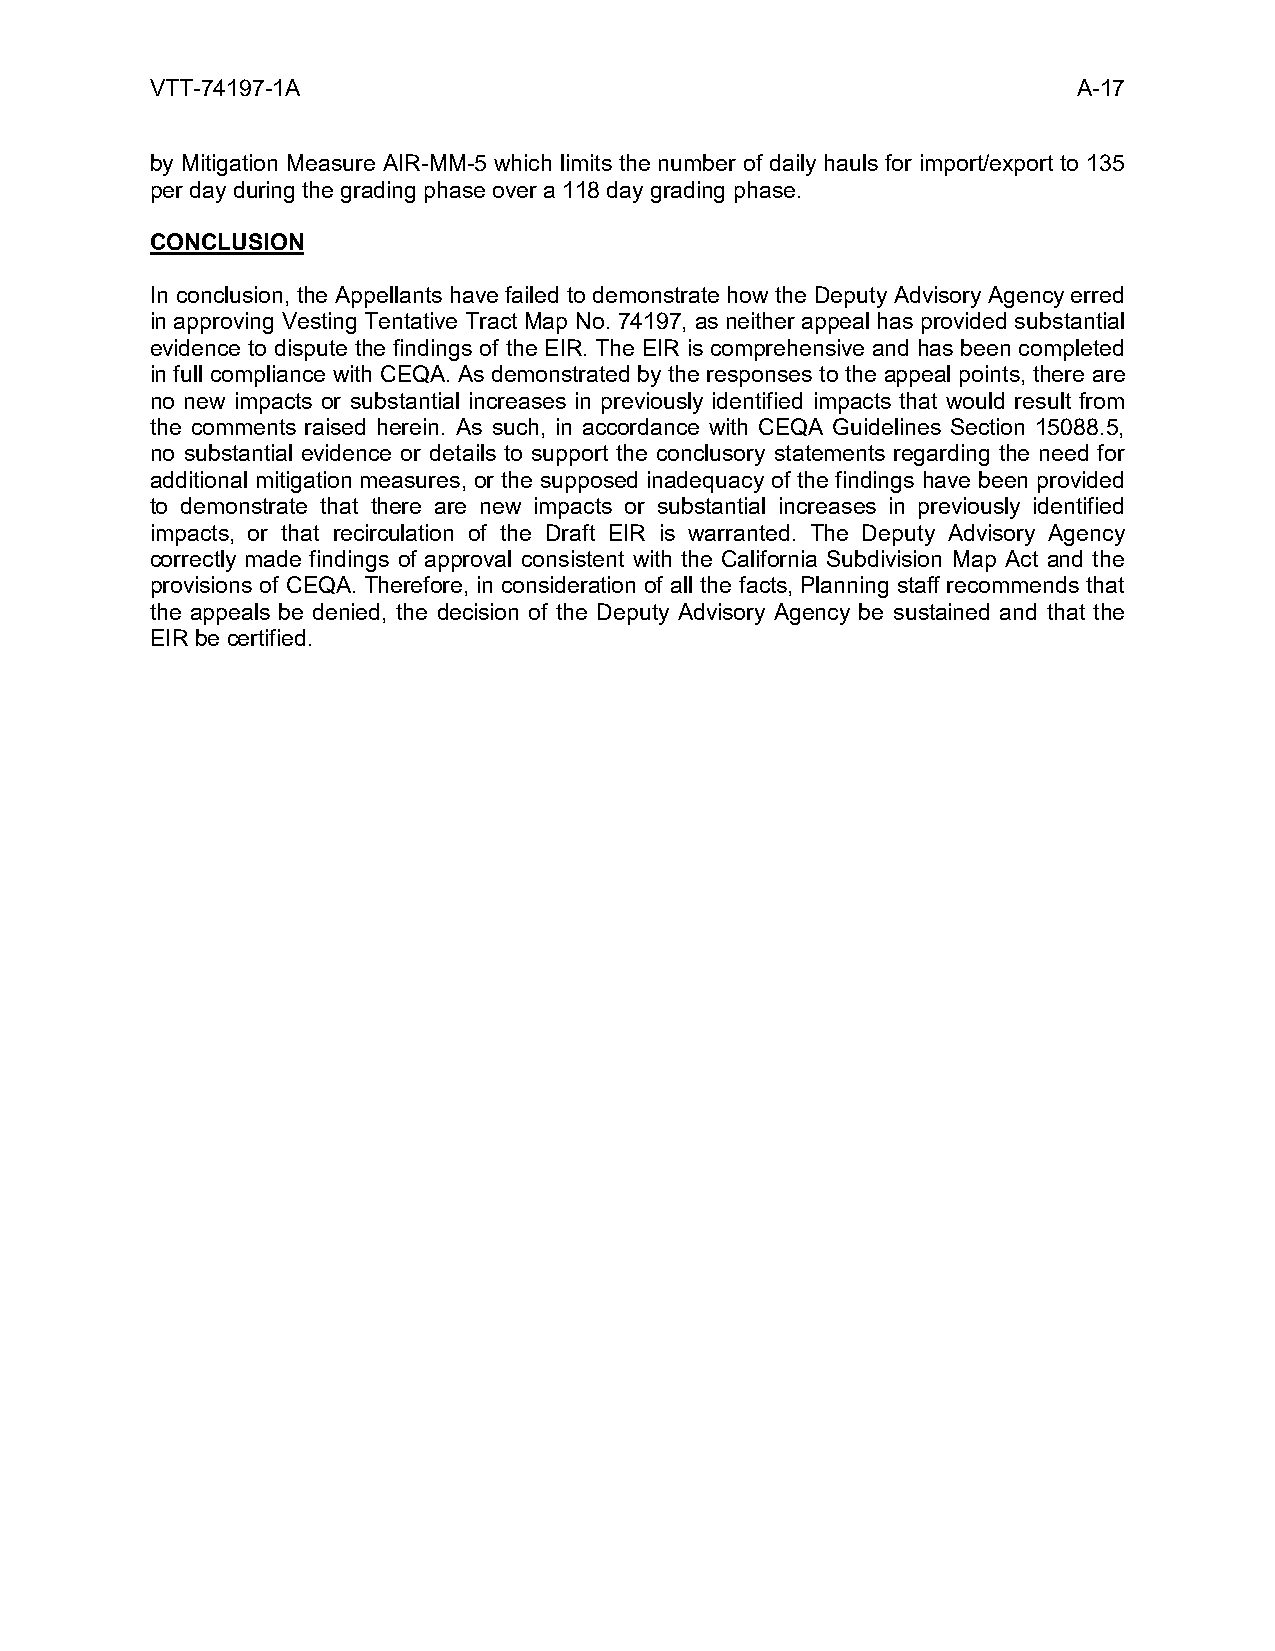
VTT-74197-1A                                                 A-17
 by Mitigation Measure AIR-MM-5 which limits the number of daily hauls for import/export to 135
 per day during the grading phase over a 118 day grading phase.
 CONCLUSION
 In conclusion, the Appellants have failed to demonstrate how the Deputy Advisory Agency erred
 in approving Vesting Tentative Tract Map No. 74197, as neither appeal has provided substantial
 evidence to dispute the findings of the EIR. The EIR is comprehensive and has been completed
 in full compliance with CEQA. As demonstrated by the responses to the appeal points, there are
 no new impacts or substantial increases in previously identified impacts that would result from
 the comments raised herein. As such, in accordance with CEQA Guidelines Section 15088.5,
 no substantial evidence or details to support the conclusory statements regarding the need for
 additional mitigation measures, or the supposed inadequacy of the findings have been provided
 to demonstrate that there are new impacts or substantial increases in previously identified
 impacts, or that recirculation of the Draft EIR is warranted. The Deputy Advisory Agency
 correctly made findings of approval consistent with the California Subdivision Map Act and the
 provisions of CEQA. Therefore, in consideration of all the facts, Planning staff recommends that
 the appeals be denied, the decision of the Deputy Advisory Agency be sustained and that the
 EIR be certified.